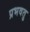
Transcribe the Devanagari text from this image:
प्रभवतु